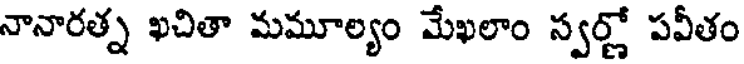
నానారత్న ఖచితా మమూల్యం మేఖలాం స్వర్ణో పవీతం